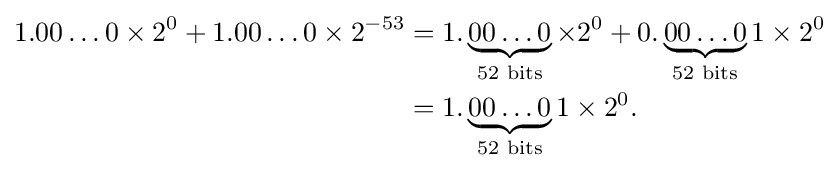
{\begin{aligned}1.00\ldots 0\times 2^{0}+1.00\ldots 0\times 2^{-53}&=1.\underbrace {00\ldots 0} _{\text{52 bits}}\times 2^{0}+0.\underbrace {00\ldots 0} _{\text{52 bits}}1\times 2^{0}\\&=1.\underbrace {00\ldots 0} _{\text{52 bits}}1\times 2^{0}.\end{aligned}}